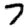
Digit: 7